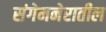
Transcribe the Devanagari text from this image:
संगेमनेरातील